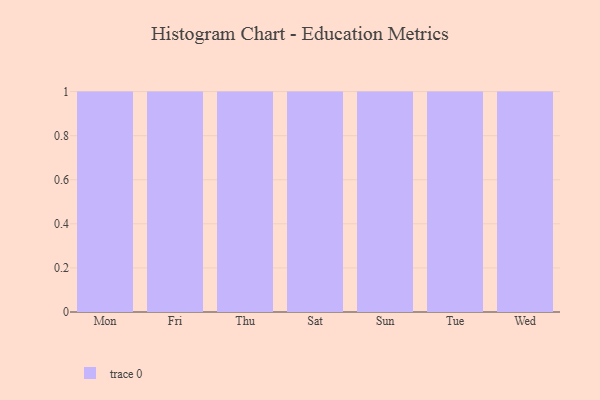
{"axis": {"x": "Day", "y": "Gross Profit (USD K)"}, "legend": [""], "data": [{"x": "Mon", "y": 39, "type": ""}, {"x": "Fri", "y": 91, "type": ""}, {"x": "Thu", "y": 67, "type": ""}, {"x": "Sat", "y": 70, "type": ""}, {"x": "Sun", "y": 72, "type": ""}, {"x": "Tue", "y": 26, "type": ""}, {"x": "Wed", "y": 91, "type": ""}]}